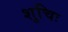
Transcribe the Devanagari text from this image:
शुचिः